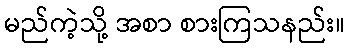
မည်ကဲ့သို့ အစာ စားကြသနည်း။